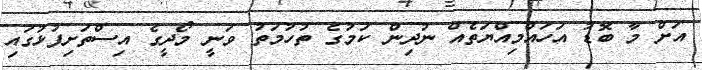
އަށް މާ ބޮޑު އަހައްމިއްޔަތެއް ނުދިން ކަމުގެ ތުހުމަތު ވަނީ މޯދީގެ އިސްތަށިފުޅުގައި